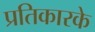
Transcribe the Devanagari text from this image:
प्रतिकारके